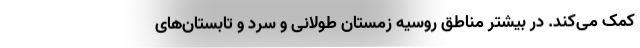
کمک می‌کند. در بیشتر مناطق روسیه زمستان طولانی و سرد و تابستان‌های